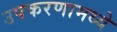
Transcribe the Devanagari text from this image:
उपकरणामध्ये